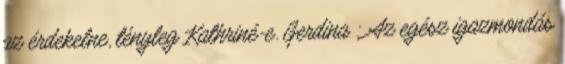
az érdekelne, tényleg Kathriné-e. Gerdina : Az egész igazmondás